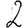
Digit: 2